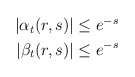
\begin{align*}\begin{aligned}|\alpha_{t}(r,s)|&\leq e^{-s}\\|\beta_{t}(r,s)|&\leq e^{-s}\end{aligned}\end{align*}